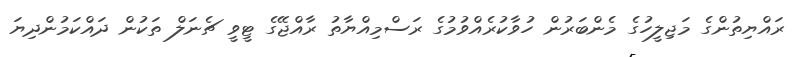
ރައްޔިތުންގެ މަޖިލީހުގެ މެންބަރުން ހުވާކުރެއްވުމުގެ ރަސްމިއްޔާތު ރާއްޖޭގެ ޓީވީ ޗެނަލް ތަކުން ދައްކަމުންދިޔަ